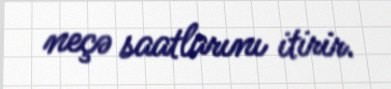
neçə saatlarını itirir.